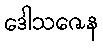
ဒေါသဇေန